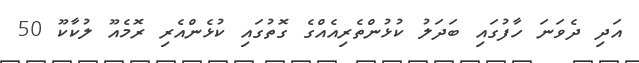
އަދި ދެވަނަ ހާފުގައި ބަދަލު ކުޅުންތެރިއެއްގެ ގޮތުގައި ކުޅެންއެރި ރޮމެއޫ ލުކާކޫ 50